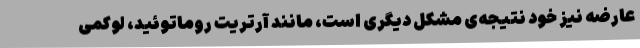
عارضه نیز خود نتیجه‌ی مشکل دیگری است، مانند آرتریت روماتوئید، لوکمی